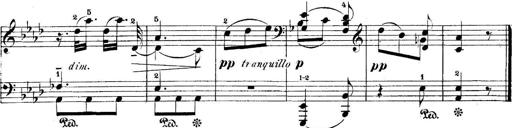
Title: 5 Sonatinas
Composer: Theodor Kirchner